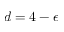
d = 4 - \epsilon